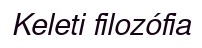
Keleti filozófia